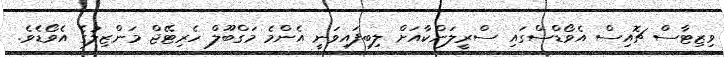
ވިޒިޓާސް ޗޮއިސް އެވޯޑްސްގައި ސްރީލަންކާއަށް ލިބިފައިވަނީ އެންމެ މަގްބޫލް ހެރިޓޭޖް މަންޒިލުގެ އެވޯޑެވެ.